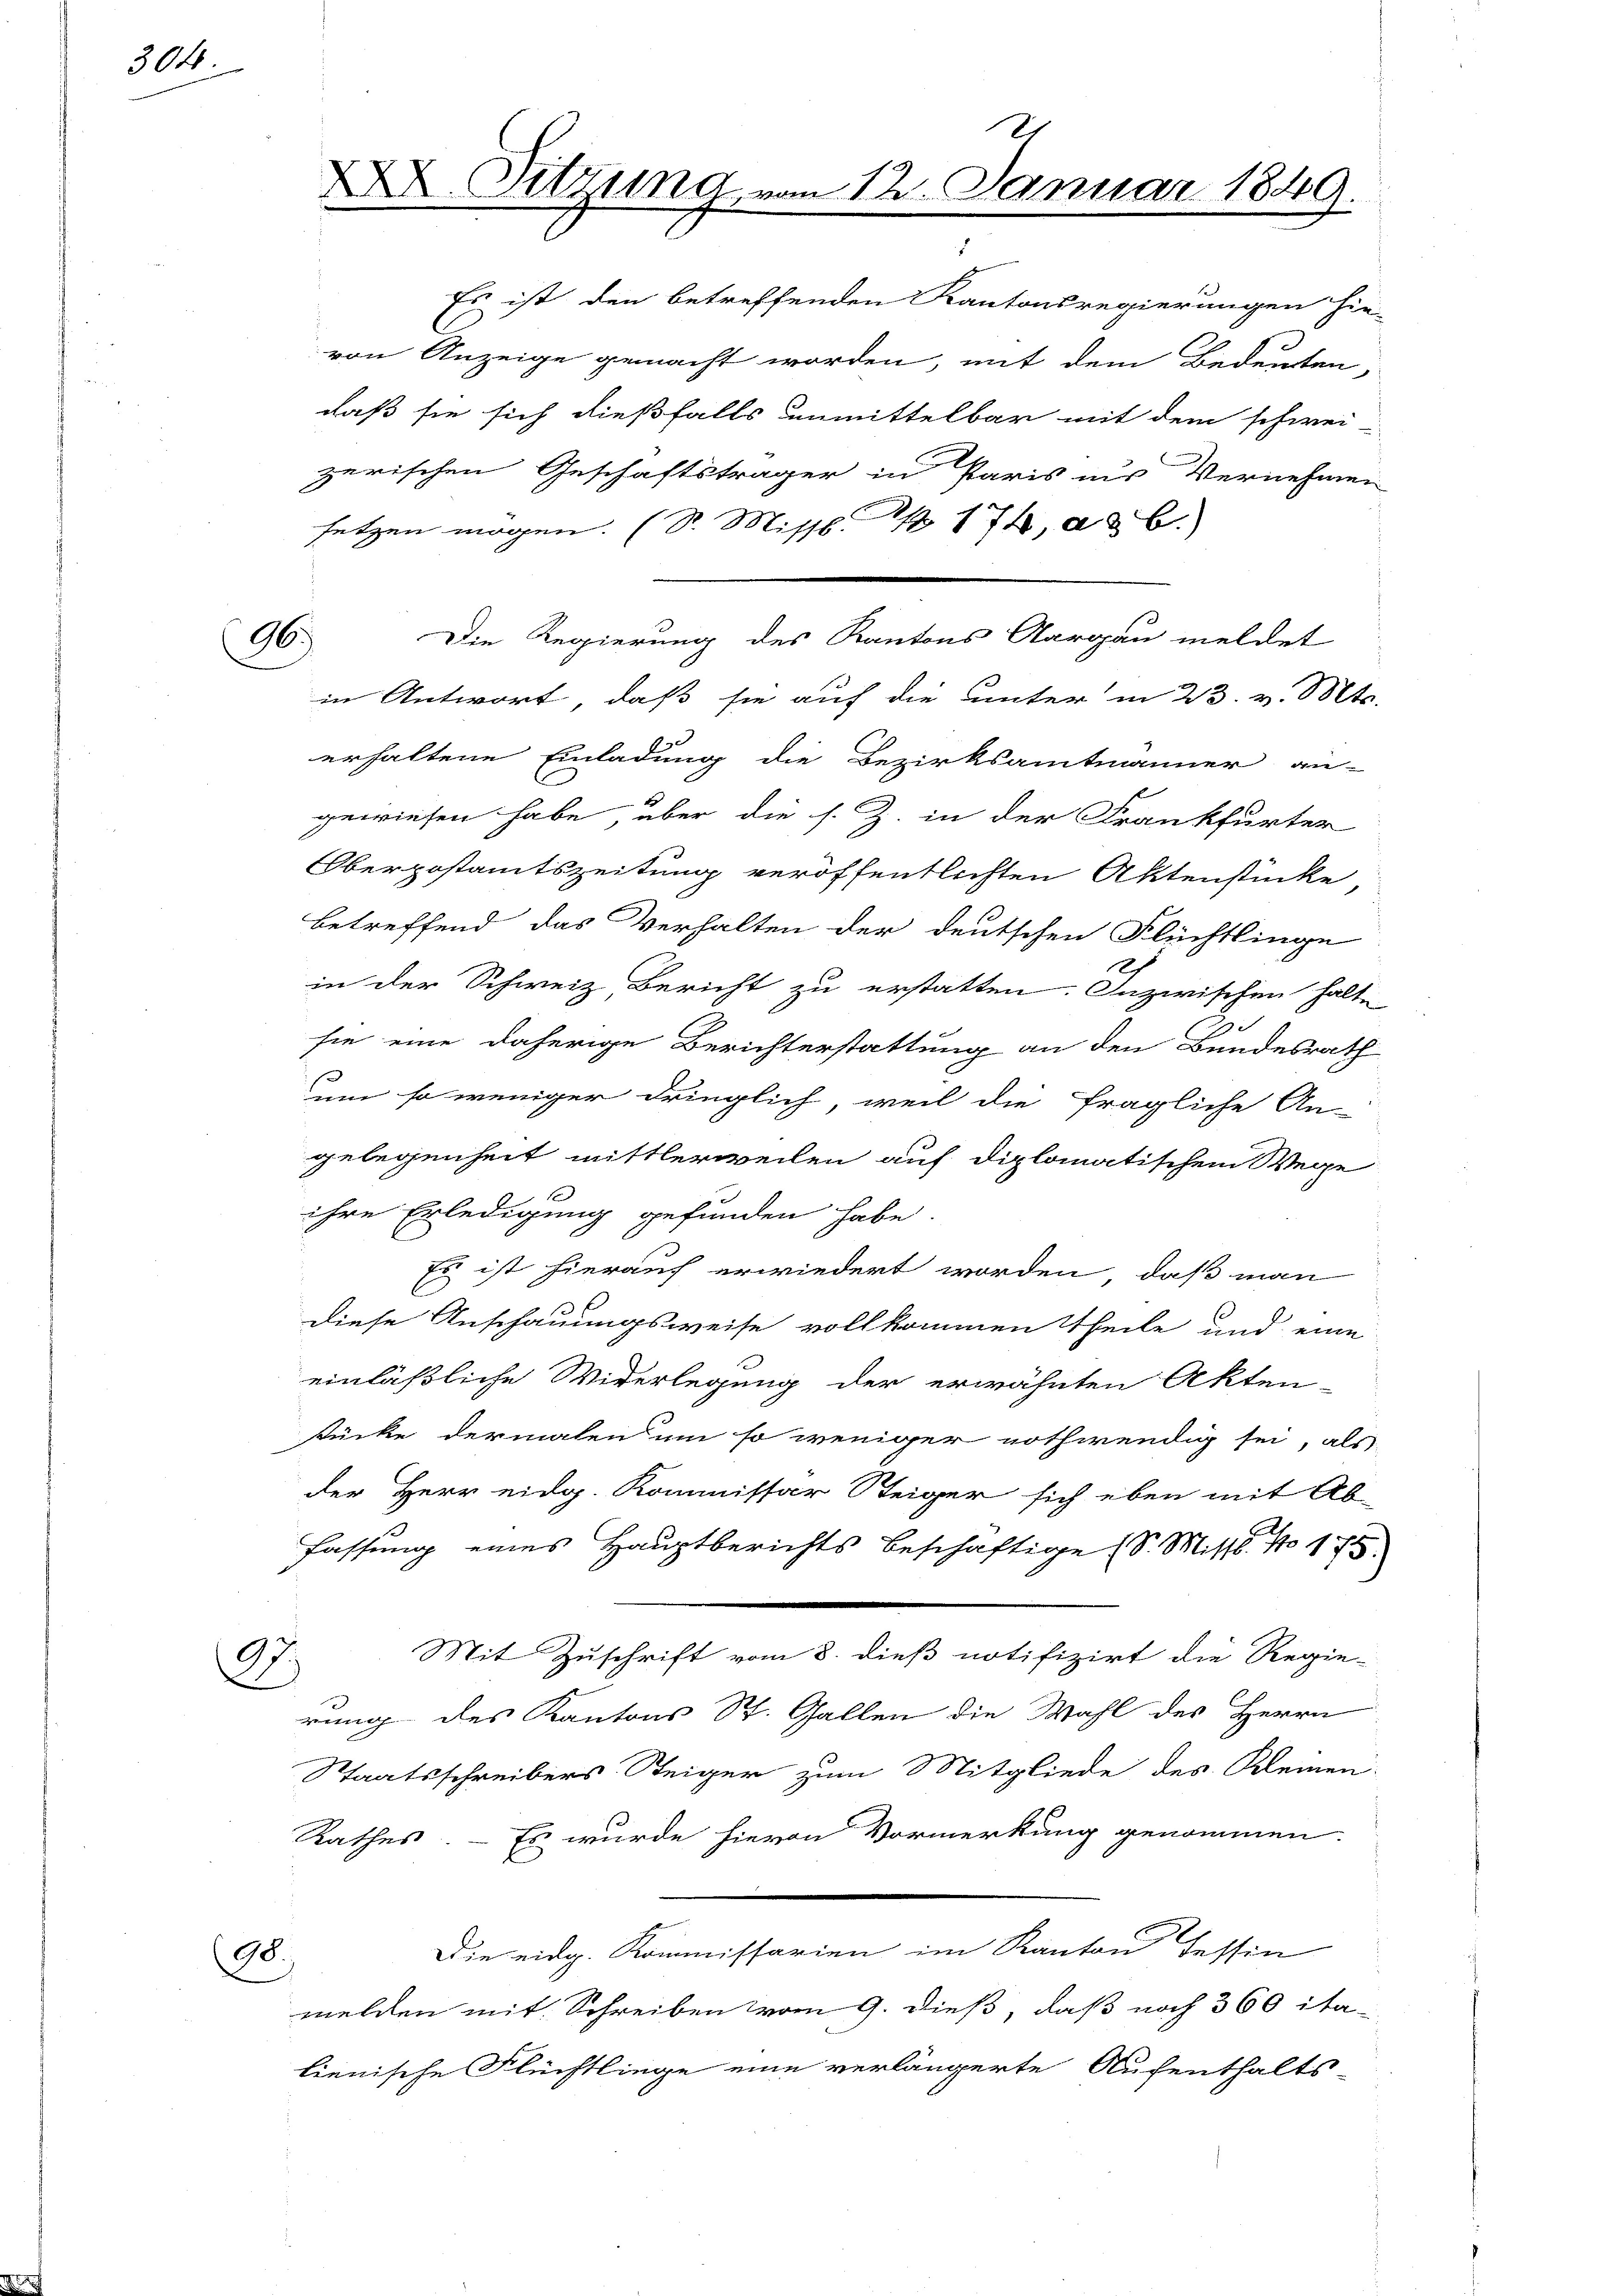
304.

Es ist den betreffenden Kantonsregierungen hie-
von Anzeige gemacht worden, mit dem Bedeuten,
daß sie sich dießfalls unmittelbar mit dem schwei-
zerischen Geschäftsträger in Paris ins Vernehmen
setzen mögen. (S. Missb. S. 174, ad 6.
96. Die Regierung des Kantons Aargau meldet
in Antwort, daß sie auf die unter in 23. v. Mts.
erhaltene Einladung die Bezirksamtmänner an-
gewiesen habe, über die s. Z. in der Frankfurter
Oberpostamtszeitung veröffentlichten Aktenstücke
betreffend das Verhalten der deutschen Flüchtlinge
Ich
in der Schweiz Bericht zu erstatten. Inzwischen halte
2
sie eine daherige Berichterstattung an den Bundesrath
um so weniger dringlich, weil die fragliche An-
gelegenheit mittlerweilen auf diplomatischem Wege
E
ihre Erledigung gefunden habe.
Es ist hierauf erwiedert worden, daß man
Diese Anschauungsweise vollkommen Theile und eine
einläßliche Widerlegung der erwähnten Akten-
stücke dermalen um so weniger nothwendig sei, als
der Herr eidg. Kommissar Steiger sich eben mit Ab-
fassung eines Hauptberichts beschäftige (S. Mist. No 175
Mit Zuschrift vom 8. dieß notifizirt die Regie-
9
rung des Kantons St. Gallen die Wahl des Herrn
Staatsschreibers Steiger zum Mitgliede des Kleinen
Rathes. — Es wurde hievon Vormerkung genommen.
Die eidg. Kommissarien im Kanton Tessin
98.
melden mit Schreiben vom 9. dieß, daß noch 360 ita-
lienische Flüchtlinge eine verlängerte Aufenthalts-

. Sitzung vom 12. Januar 1849.